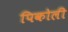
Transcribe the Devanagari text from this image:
पिकोली